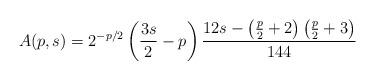
LaTeX: \begin{align*}A(p,s) = 2^{-p/2}\left(\frac{3s}{2}-p\right)\frac{12s-\left(\frac{p}{2}+2\right)\left(\frac{p}{2}+3\right)}{144}\end{align*}